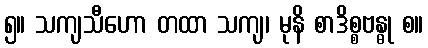
၅။ သကျသီဟော တထာ သကျ၊ မုနိ စာဒိစ္စဗန္ဓု စ။